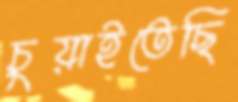
চুয়াইতেছি